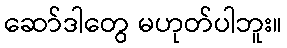
ဆော်ဒါတွေ မဟုတ်ပါဘူး။